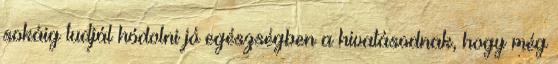
sokáig tudjál hódolni jó egészségben a hivatásodnak, hogy még